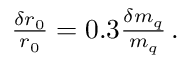
\begin{array} { r } { \frac { \delta r _ { 0 } } { r _ { 0 } } = 0 . 3 \frac { \delta m _ { q } } { m _ { q } } \, . } \end{array}